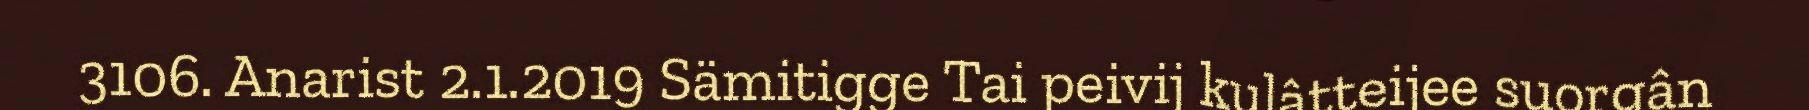
3106. Anarist 2.1.2019 Sämitigge Tai peivij kulâtteijee suorgân